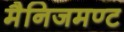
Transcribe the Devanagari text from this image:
मैनिजमण्ट